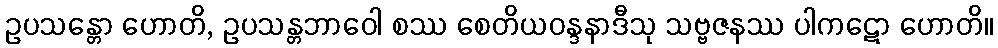
ဥပသန္တော ဟောတိ, ဥပသန္တဘာဝေါ စဿ စေတိယဝန္ဒနာဒီသု သဗ္ဗဇနဿ ပါကဋော ဟောတိ။